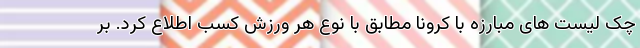
چک لیست های مبارزه با کرونا مطابق با نوع هر ورزش کسب اطلاع کرد. بر